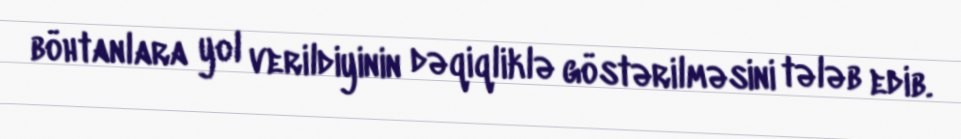
böhtanlara yol verildiyinin dəqiqliklə göstərilməsini tələb edib.